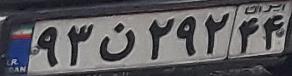
۹۳ن۲۹۲۴۴